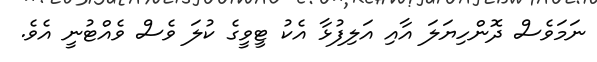
ނަމަވެސް ދޮންހިޔަލަ އާއި އަލިފުޅާ އެކު ޓީވީގެ ކުލަ ވެސް ވެއްޓުނީ އެވެ.